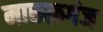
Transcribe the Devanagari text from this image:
मारूफ़गंज